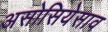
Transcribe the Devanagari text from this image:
असोसियेसाव